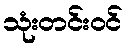
သုံးတင်းဝင်